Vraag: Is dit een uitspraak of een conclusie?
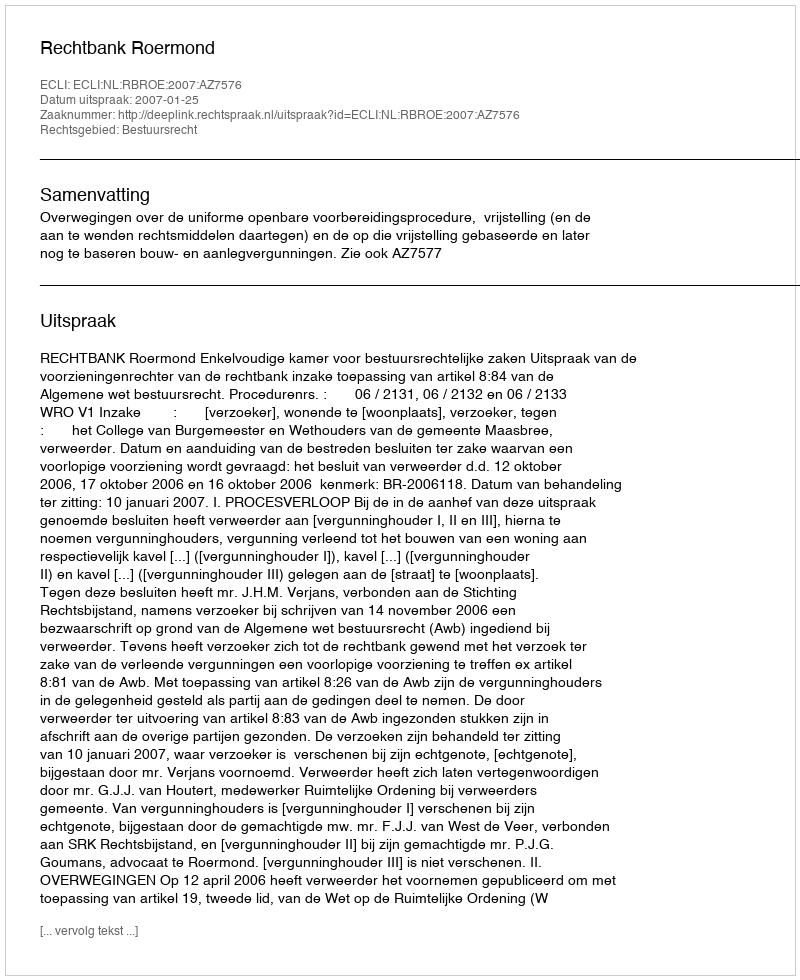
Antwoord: Uitspraak